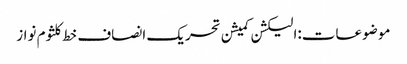
موضوعات:الیکشن کمیشن تحریک انصاف خط کلثوم نواز